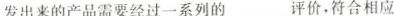
发出来的产品需要经过一系列的___评价，符合相应